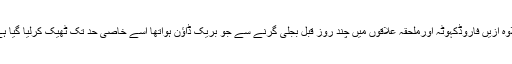
علاوہ ازیں فاروڈکہوٹہ اورملحقہ علاقوں میں چند روز قبل بجلی گرنے سے جو بریک ڈاؤن ہواتھا اسے خاصی حد تک ٹھیک کرلیا گیا ہے ۔